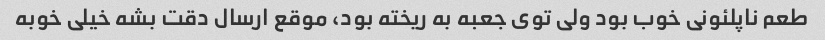
طعم ناپلئونی خوب بود ولی توی جعبه به ریخته بود، موقع ارسال دقت بشه خیلی خوبه